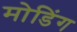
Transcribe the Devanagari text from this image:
मोडिंग